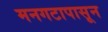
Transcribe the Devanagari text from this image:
मनगटापासून